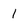
Character: 1